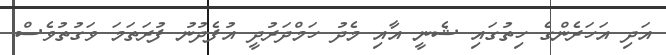
އަދި އަހަރެންގެ ހިތުގައި ޝެނީ އާއި މެދު ހަމްދަރުދީ އުފެދުނު ފުރަތަމަ ވަގުތުވެސް